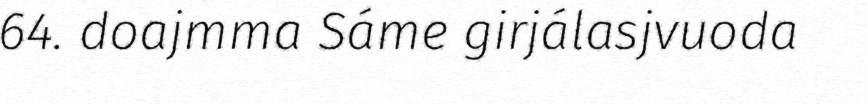
64. doajmma Sáme girjálasjvuoda